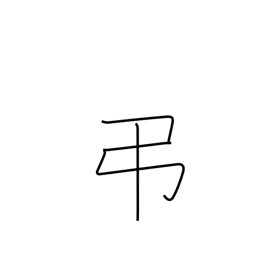
Meaning: condolences